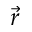
\vec { r }